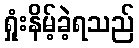
ရှုံးနိမ့်ခဲ့ရသည်